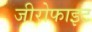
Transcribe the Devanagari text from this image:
जीरोफाइट